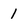
Character: 1